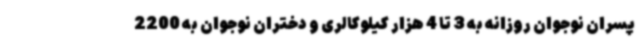
پسران نوجوان روزانه به 3 تا 4 هزار کیلوکالری و دختران نوجوان به 2200